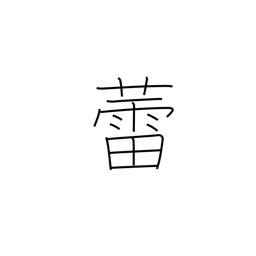
Meaning: bud (plants, mushrooms not yet opened)